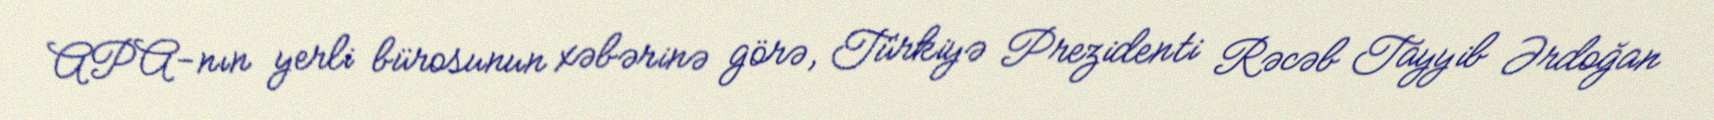
APA-nın yerli bürosunun xəbərinə görə, Türkiyə Prezidenti Rəcəb Tayyib Ərdoğan